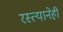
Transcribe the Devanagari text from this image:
रस्त्यानेही